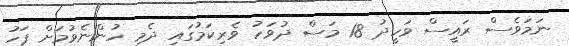
ނަމަވެސް ރައީސް ވަހީދު 18 މަސް ދުވަހު ވެރިކަމުގައި ދެމި ހުންނެވުމަށް ފަހު